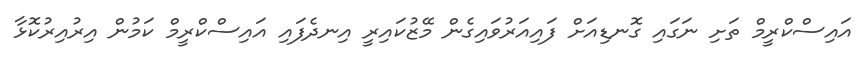
އައިސްކްރީމް ތަށި ނަގައި ގޮނޑިއަށް ފައިއަރުވައިގެން މޭޒުކައިރީ އިނދެފައި އައިސްކްރީމް ކަމުން އިރުއިރުކޮޅާ